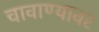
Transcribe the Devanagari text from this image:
चावाण्यावर